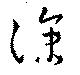
涼